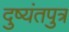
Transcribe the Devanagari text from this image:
दुष्यंतपुत्र